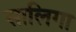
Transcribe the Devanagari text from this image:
सालिगा